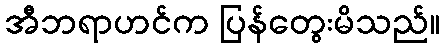
အီဘရာဟင်က ပြန်တွေးမိသည်။